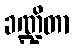
ခဏ္ဍိတာ